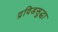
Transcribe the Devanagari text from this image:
द्रविडसुद्धा